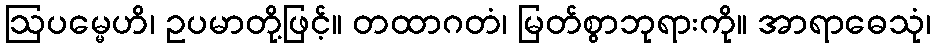
ဩပမ္မေဟိ၊ ဥပမာတို့ဖြင့်။ တထာဂတံ၊ မြတ်စွာဘုရားကို။ အာရာဓေသုံ၊